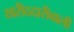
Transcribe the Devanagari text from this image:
खरीददारीवाली